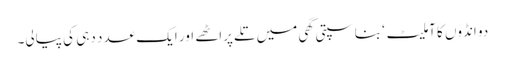
دو انڈوں کا آملیٹ ‘ بناسپتی گھی میں تلے پراٹھے اور ایک عدد دہی کی پیالی۔